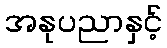
အနုပညာနှင့်